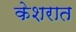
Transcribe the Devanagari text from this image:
केशरात